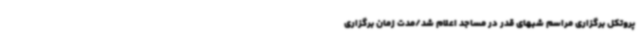
پروتکل برگزاری مراسم شبهای قدر در مساجد اعلام شد/مدت زمان برگزاری